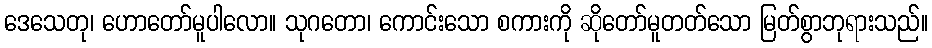
ဒေသေတု၊ ဟောတော်မူပါလော။ သုဂတော၊ ကောင်းသော စကားကို ဆိုတော်မူတတ်သော မြတ်စွာဘုရားသည်။